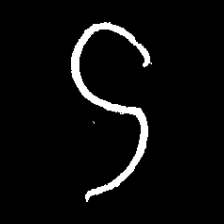
Pyu character \u2014 Myanmar letter: ဌ (romanized: ttha)